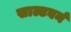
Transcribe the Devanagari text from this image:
साल्टबर्न